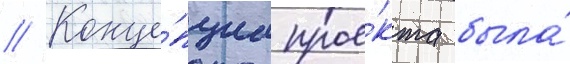
// Конце́пциа прое́кта была́